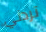
تردني